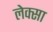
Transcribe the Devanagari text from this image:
लेक्सा